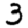
Digit: 3